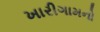
ખારીગામનો